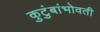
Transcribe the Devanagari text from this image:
कुटुंबांभोवती